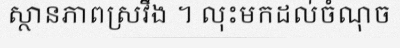
ស្ថានភាពស្រវឹង ។ លុះមកដល់ចំណុច